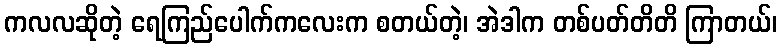
ကလလဆိုတဲ့ ရေကြည်ပေါက်ကလေးက စတယ်တဲ့၊ အဲဒါက တစ်ပတ်တိတိ ကြာတယ်၊